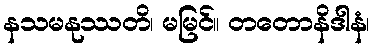
နသမနုဿတိ၊ မမြင်။ တတောနိဒါနံ၊